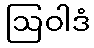
ဩဝါဒံ